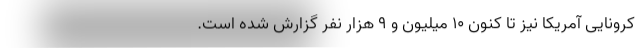
کرونایی آمریکا نیز تا کنون ۱۰ میلیون و ۹ هزار نفر گزارش شده است.